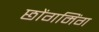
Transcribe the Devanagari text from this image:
छोंगमिंग